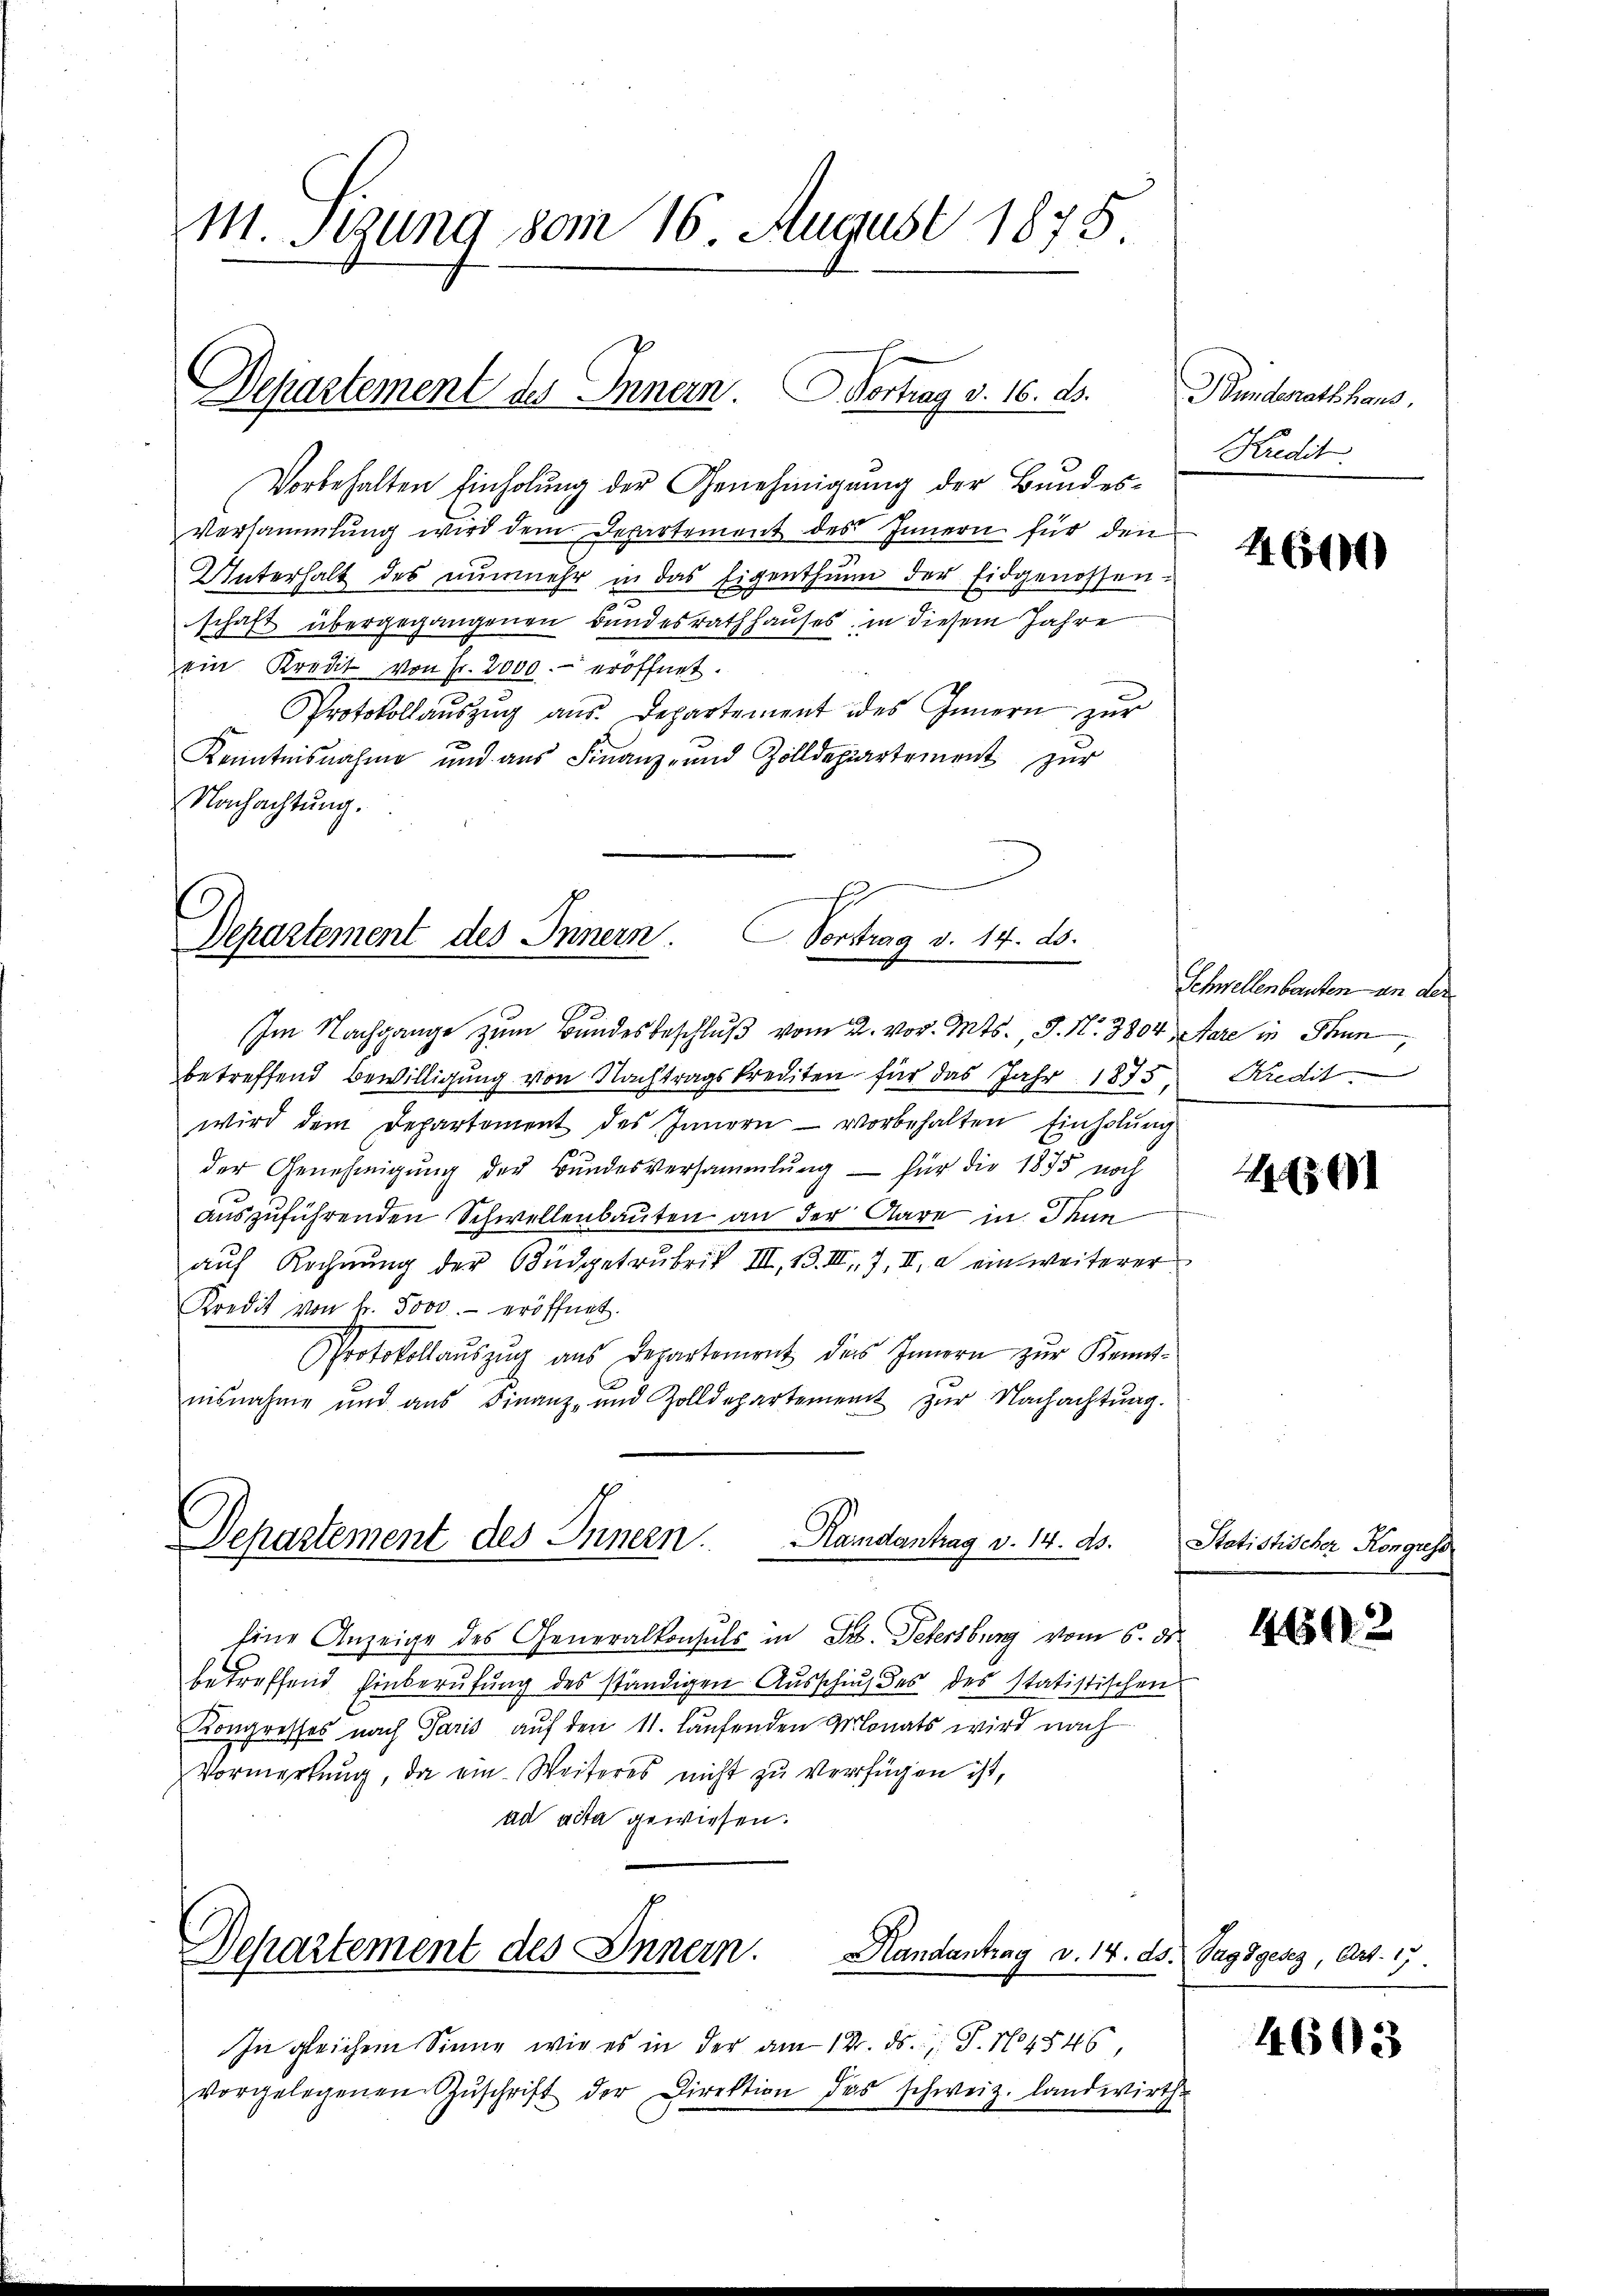
M. Sitzung vom 16. August 1875

Departement des Innern. Vortrag v. 16. ds.

Vorbehalten Einholung der Genehmigung der Bundes¬
Versammlung wird dem Departement des Innern für den
Unterhalt des nunmehr in das Eigenthum der Eidgenossen:
schaft übergegangenen Bundesrathhauses, in diesem Jahre
ein Kredit von Fr. 2000.- eröffnet.
Protokollaŭszŭg ans. Departement des Innern zur
Kenntnisnahme und aus Finanz- und Zolldepartement zŭr
Nachachtung.

Departement des Innern. Vortrag v. 14. ds.

Departement des Innern. Handantrag v. 14. ds.

Im Nachgange zum Bundesbeschluß vom 2. vor. Mts., S. N. 3804, Aare in Thun
betreffend Bewilligung von Nachtragskrediten für das Jahr 1875, Kredit.
wird dem Departement des Innern vorbehalten Einholung
der Genehmigŭng der Bundesversammlung — für die 1875 noch
auszuführenden Schwellenbauten an der Aare in Mun
auf Rechnung der Büdgetrubrik III, 13. III 7, II a ein weiterer
Kredit von fr. 5000.- eröffnet.
Protokollaŭszŭg ans Departement des Innern zŭr Kennt-
nisnahme und aŭs Finanz- und Zolldepartement zŭr Nachachtŭng.
Eine Anzeige des Generalkonsuls in Dr. Petersburg vom 6. ds.
betreffend Einberufung des ständigen Ausschuf des des statistischen
Kongresses nach Paris auf den 11. laufenden Monats wird nach
Vormerkŭng, da ein Weiteres nicht zu verfügen ist,
ad acta gewiesen.
1
Departement des Innern.
Handantrag v. 14. ds. Jagdgesez, Art. 17.
In gleichem Sinne, wie es in der am 12. ds. S. 14546,
vorgelegenen Zŭschrift der Direktion das schweiz. Landwirth.

Bundesrath haus,
Kredit.

46400)

lbeerbenten von des

148691

Statistischer Kongress

4642

4603